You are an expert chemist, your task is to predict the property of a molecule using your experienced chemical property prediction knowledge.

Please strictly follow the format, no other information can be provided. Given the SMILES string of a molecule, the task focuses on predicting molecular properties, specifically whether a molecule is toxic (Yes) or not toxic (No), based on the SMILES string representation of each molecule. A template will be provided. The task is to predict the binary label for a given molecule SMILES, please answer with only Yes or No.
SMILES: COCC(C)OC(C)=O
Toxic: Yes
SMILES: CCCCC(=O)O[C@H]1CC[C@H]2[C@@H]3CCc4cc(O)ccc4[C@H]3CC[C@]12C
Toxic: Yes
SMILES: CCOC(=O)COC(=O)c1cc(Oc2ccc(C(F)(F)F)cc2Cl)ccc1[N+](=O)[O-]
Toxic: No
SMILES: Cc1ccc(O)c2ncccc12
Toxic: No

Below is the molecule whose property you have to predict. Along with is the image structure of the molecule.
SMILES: CCN(CC)N(O)N=O.CCNCC
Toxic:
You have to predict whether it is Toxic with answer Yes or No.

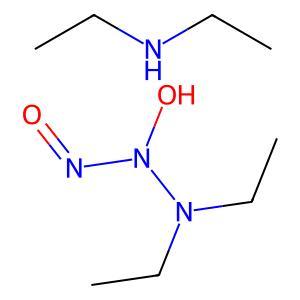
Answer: No